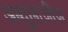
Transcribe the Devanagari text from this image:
अब्दुलाजी़ज़